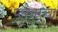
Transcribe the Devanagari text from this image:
प्लंजरचा